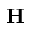
\mathbf { H }